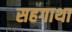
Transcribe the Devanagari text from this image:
सहगाथा